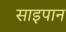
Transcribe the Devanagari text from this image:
साइपान